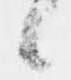
候